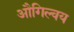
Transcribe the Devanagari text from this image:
औगिल्वय